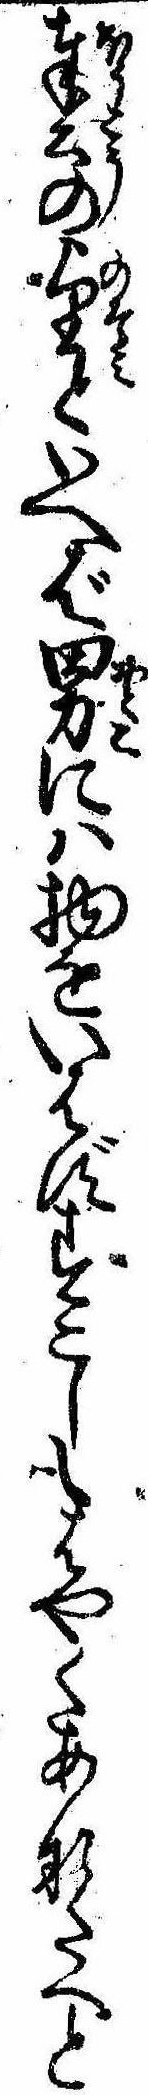
奉の望といへば男には物をいはずすこしもはやくあなたへと